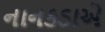
નાનકડાએ